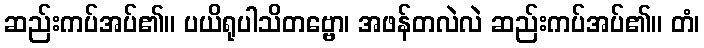
ဆည်းကပ်အပ်၏။ ပယိရုပါသိတဗ္ဗော၊ အဖန်တလဲလဲ ဆည်းကပ်အပ်၏။ တံ၊